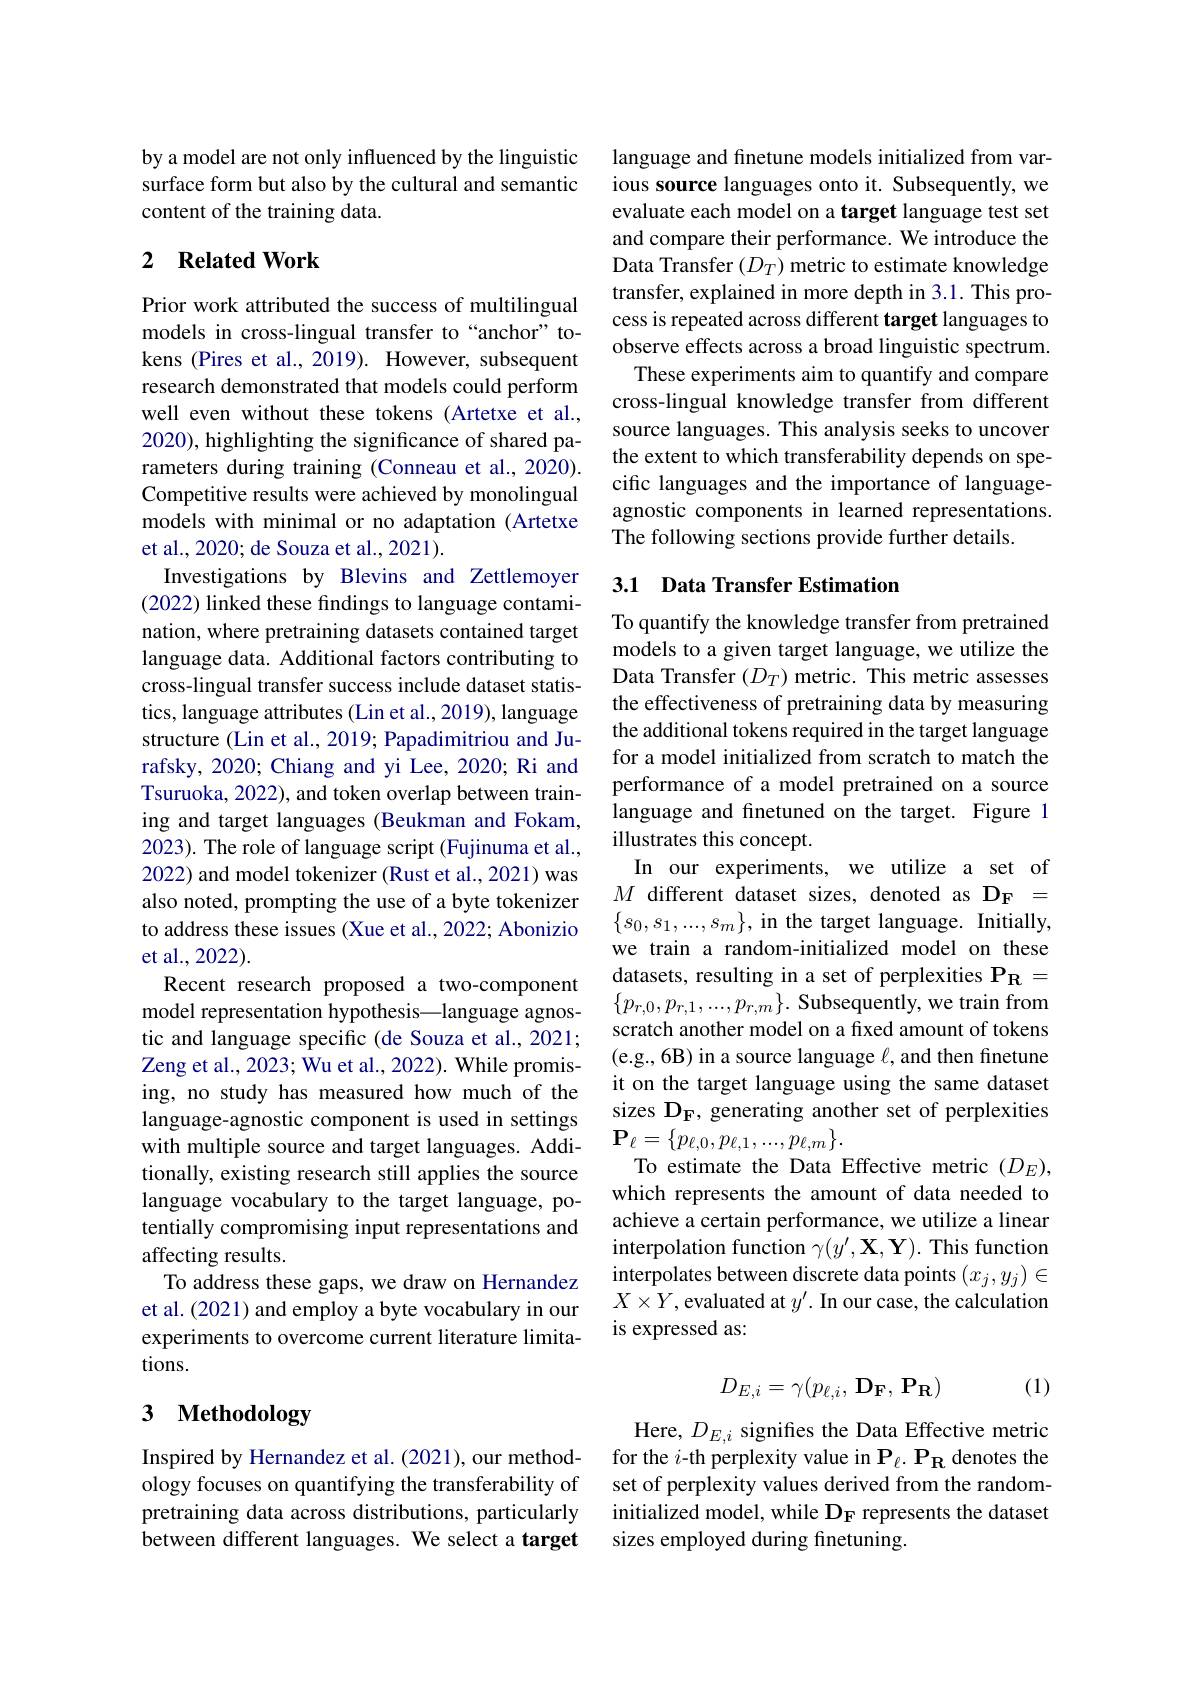
by a model are not only influenced by the linguistic surface form but also by the cultural and semantic content of the training data.

## 2 $\textbf{Related Work}$

Prior work attributed the success of multilingual models in cross-lingual transfer to“anchor” tokens (Pires et al., 2019). However, subsequent research demonstrated that models could perform well even without these tokens (Artetxe et al., 2020), highlighting the significance of shared parameters during training (Conneau et al., 2020). Competitive results were achieved by monolingual models with minimal or no adaptation (Artetxe et al., 2020; de Souza et al., 2021).
Investigations by Blevins and Zettlemoyer (2022) linked these findings to language contamination, where pretraining datasets contained target language data. Additional factors contributing to cross-lingual transfer success include dataset statistics, language attributes (Lin et al., 2019), language structure (Lin et al., 2019; Papadimitriou and Jurafsky, 2020; Chiang and yi Lee, 2020; Ri and Tsuruoka, 2022), and token overlap between training and target languages (Beukman and Fokam, 2023). The role of language script (Fujinuma et al., 2022) and model tokenizer (Rust et al., 2021) was also noted, prompting the use of a byte tokenizer to address these issues (Xue et al., 2022; Abonizio et al., 2022).
Recent research proposed a two-component model representation hypothesis—language agnostic and language specific (de Souza et al., 2021; Zeng et al., 2023; Wu et al., 2022). While promising, no study has measured how much of the language-agnostic component is used in settings with multiple source and target languages. Additionally, existing research still applies the source language vocabulary to the target language, potentially compromising input representations and affecting results.
To address these gaps, we draw on Hernandez et al. (2021) and employ a byte vocabulary in our experiments to overcome current literature limitations.

# 3 Methodology

Inspired by Hernandez et al. (2021), our methodology focuses on quantifying the transferability of pretraining data across distributions, particularly between different languages. We select a target

language and finetune models initialized from various source languages onto it. Subsequently, we evaluate each model on a target language test set and compare their performance. We introduce the Data Transfer $(D_T)$ metric to estimate knowledge transfer, explained in more depth in 3.1. This process is repeated across different target languages to observe effects across a broad linguistic spectrum. These experiments aim to quantify and compare cross-lingual knowledge transfer from different source languages. This analysis seeks to uncover the extent to which transferability depends on specific languages and the importance of languageagnostic components in learned representations. The following sections provide further details.

## 3.1 Data Transfer Estimation

To quantify the knowledge transfer from pretrained models to a given target language, we utilize the Data Transfer $(D_T)$ metric. This metric assesses the effectiveness of pretraining data by measuring the additional tokens required in the target language for a model initialized from scratch to match the performance of a model pretrained on a source language and finetuned on the target. Figure 1 illustrates this concept
In our experiments, we utilize a set of $M$ different dataset sizes, denoted as $\mathbf{D_{F}}=$ $\{s_0,s_1,...,s_m\}$,in the target language. Initially, we train a random-initialized model on these datasets, resulting in a set of perplexities $\mathbf{P_R}=$ $\{p_{r,0},p_{r,1},...,p_{r,m}\}.$ Subsequently, we train from scratch another model on a fixed amount of tokens (e.g., 6B) in a source language $\ell$, and then finetune it on the target language using the same dataset sizes $\mathcal{D}_{\mathbf{F}}$, generating another set of perplexities $\mathbf{P}_{\ell}=\{p_{\ell,0},p_{\ell,1},...,p_{\ell,m}\}.$
To estimate the Data Effective metric $(D_E)$, which represents the amount of data needed to achieve a certain performance, we utilize a linear interpolation function $\gamma(y^{\prime},\mathbf{X},\mathbf{Y}).$ This function interpolates between discrete data points $(x_j,y_j)\in$ $X\times Y$,evaluated at $y^\prime.$ In our case, the calculation is expressed as:
$$D_{E,i}=\gamma(p_{\ell,i},\mathbf{D_F},\mathbf{P_R})$$
(1)

Here, $D_E,i$ signifies the Data Effective metric for the $i$-th perplexity value in $\mathbf{P}_\ell.\mathbf{P}_{\mathbf{R}}$ denotes the set of perplexity values derived from the randominitialized model, while $\mathbf{D_F}$ represents the dataset sizes employed during finetuning.